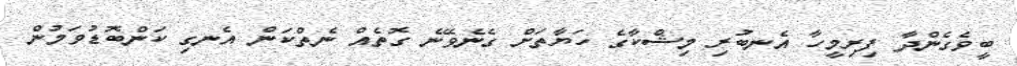
ބީވެގެންދާ ފިރިމީހާ އެނބުރި މިޝްކާގެ ހަޔާތަށް ގެނެވޭނެ ގޮތެއް ނެތްކަން އެނގި ކަންބޮޑުވަމުން